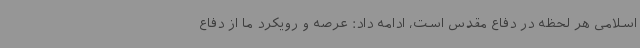
اسلامی هر لحظه در دفاع مقدس است، ادامه داد: عرصه و رویکرد ما از دفاع